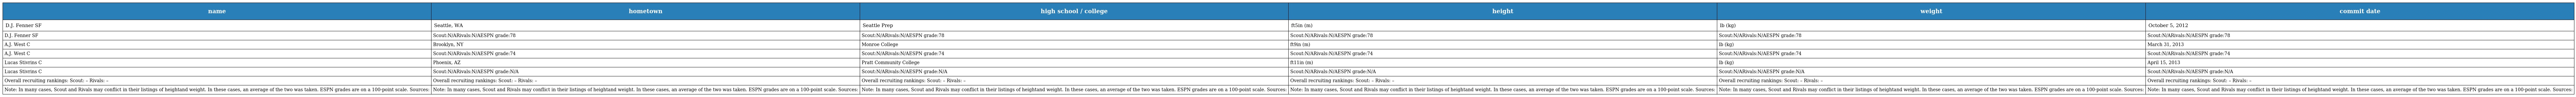
| name | hometown | high school / college | height | weight | commit date |
 | --- | --- | --- | --- | --- | --- |
 | D.J. Fenner SF | Seattle, WA | Seattle Prep | ft5in (m) | lb (kg) | October 5, 2012 |
 | D.J. Fenner SF | Scout:N/ARivals:N/AESPN grade:78 | Scout:N/ARivals:N/AESPN grade:78 | Scout:N/ARivals:N/AESPN grade:78 | Scout:N/ARivals:N/AESPN grade:78 | Scout:N/ARivals:N/AESPN grade:78 |
 | A.J. West C | Brooklyn, NY | Monroe College | ft9in (m) | lb (kg) | March 31, 2013 |
 | A.J. West C | Scout:N/ARivals:N/AESPN grade:74 | Scout:N/ARivals:N/AESPN grade:74 | Scout:N/ARivals:N/AESPN grade:74 | Scout:N/ARivals:N/AESPN grade:74 | Scout:N/ARivals:N/AESPN grade:74 |
 | Lucas Stivrins C | Phoenix, AZ | Pratt Community College | ft11in (m) | lb (kg) | April 15, 2013 |
 | Lucas Stivrins C | Scout:N/ARivals:N/AESPN grade:N/A | Scout:N/ARivals:N/AESPN grade:N/A | Scout:N/ARivals:N/AESPN grade:N/A | Scout:N/ARivals:N/AESPN grade:N/A | Scout:N/ARivals:N/AESPN grade:N/A |
 | Overall recruiting rankings: Scout: – Rivals: – | Overall recruiting rankings: Scout: – Rivals: – | Overall recruiting rankings: Scout: – Rivals: – | Overall recruiting rankings: Scout: – Rivals: – | Overall recruiting rankings: Scout: – Rivals: – | Overall recruiting rankings: Scout: – Rivals: – |
 | Note: In many cases, Scout and Rivals may conflict in their listings of heightand weight. In these cases, an average of the two was taken. ESPN grades are on a 100-point scale. Sources: | Note: In many cases, Scout and Rivals may conflict in their listings of heightand weight. In these cases, an average of the two was taken. ESPN grades are on a 100-point scale. Sources: | Note: In many cases, Scout and Rivals may conflict in their listings of heightand weight. In these cases, an average of the two was taken. ESPN grades are on a 100-point scale. Sources: | Note: In many cases, Scout and Rivals may conflict in their listings of heightand weight. In these cases, an average of the two was taken. ESPN grades are on a 100-point scale. Sources: | Note: In many cases, Scout and Rivals may conflict in their listings of heightand weight. In these cases, an average of the two was taken. ESPN grades are on a 100-point scale. Sources: | Note: In many cases, Scout and Rivals may conflict in their listings of heightand weight. In these cases, an average of the two was taken. ESPN grades are on a 100-point scale. Sources: |